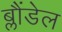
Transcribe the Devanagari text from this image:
ब्लौंडेल